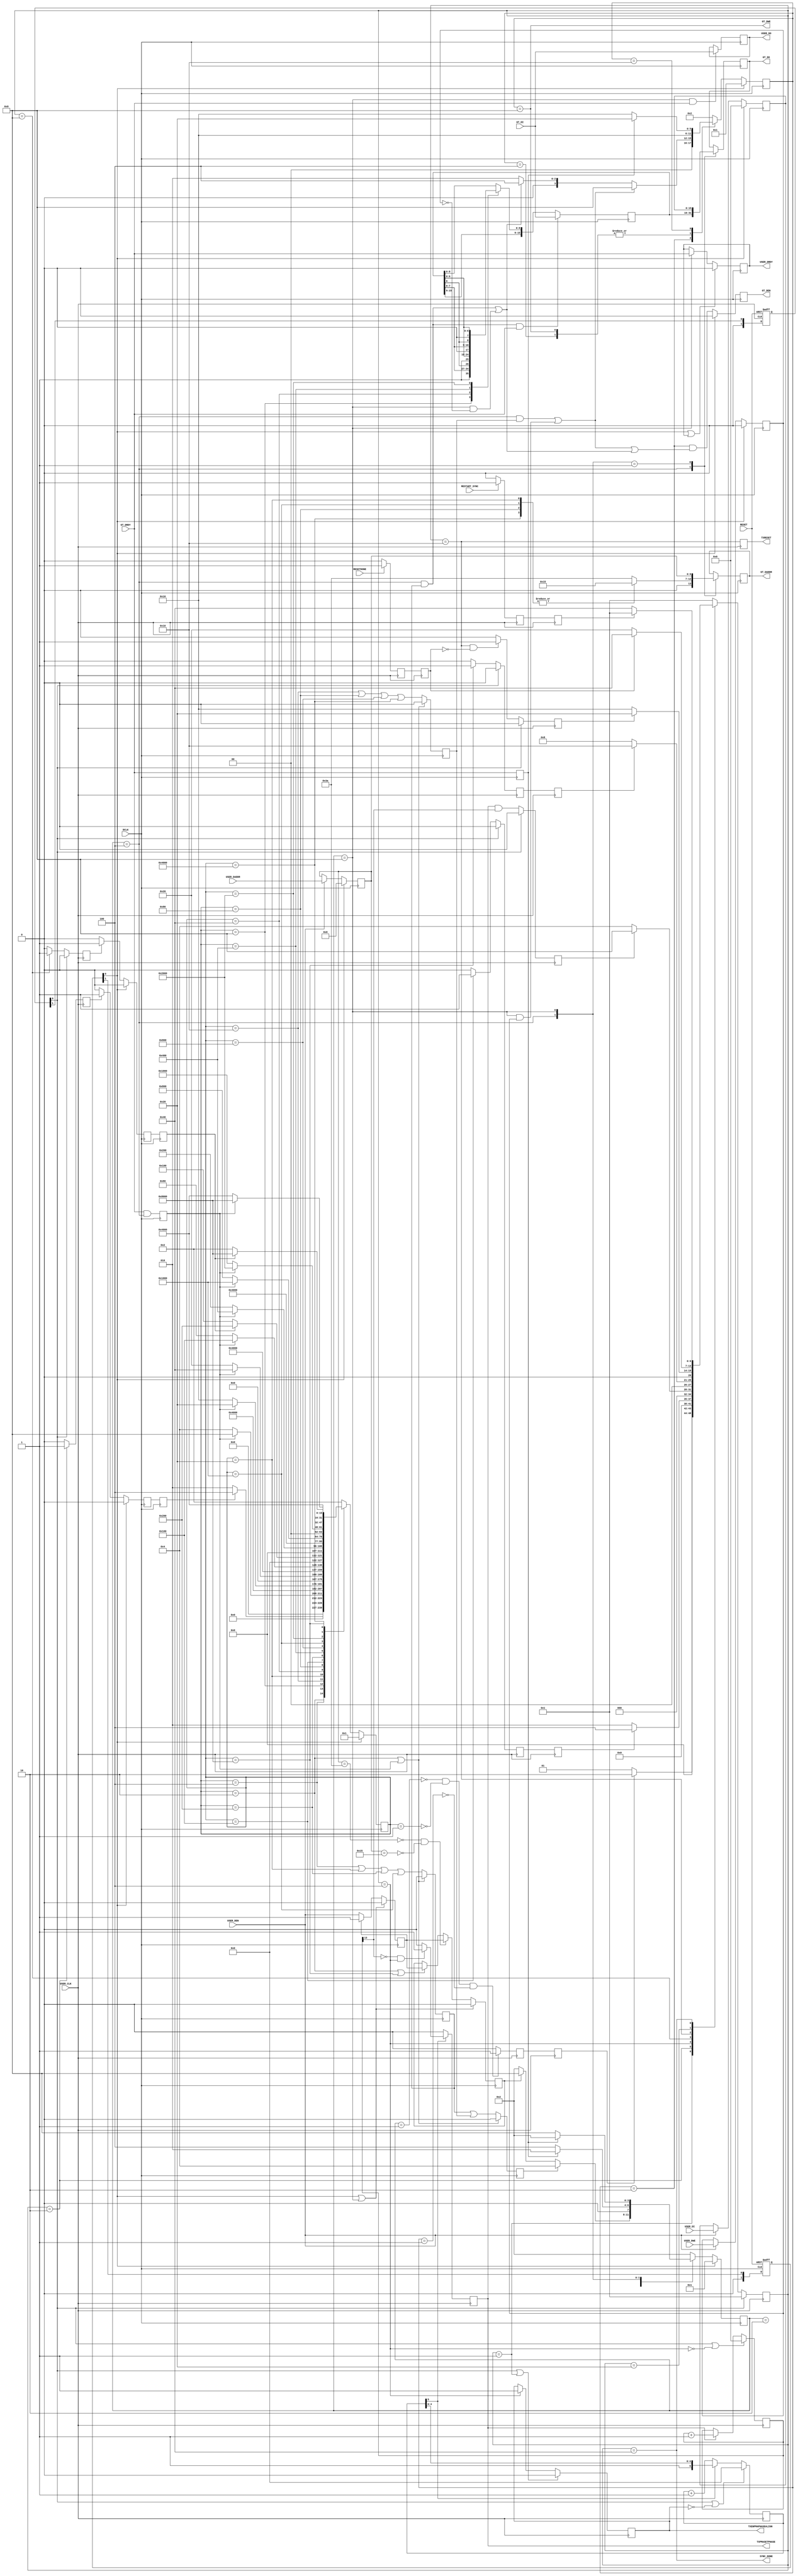
///////////////////////////////////////////////////////////////////////////////
//   ____  ____ 
//  /   /\/   / 
// /___/  \  /    Vendor: Xilinx 
// \   \   \/     Version : 1.7
//  \   \         Application : RocketIO GTX Wizard 
//  /   /         Filename : tx_sync.v
// /___/   /\     Timestamp : 
// \   \  /  \ 
//  \___\/\___\ 
//
//
// Module TX_SYNC 
// Generated by Xilinx GTX Transceiver Wizard
// 
// 
// (c) Copyright 2008 - 2009 Xilinx, Inc. All rights reserved.
// 
// This file contains confidential and proprietary information
// of Xilinx, Inc. and is protected under U.S. and
// international copyright and other intellectual property
// laws.
// 
// DISCLAIMER
// This disclaimer is not a license and does not grant any
// rights to the materials distributed herewith. Except as
// otherwise provided in a valid license issued to you by
// Xilinx, and to the maximum extent permitted by applicable
// law: (1) THESE MATERIALS ARE MADE AVAILABLE "AS IS" AND
// WITH ALL FAULTS, AND XILINX HEREBY DISCLAIMS ALL WARRANTIES
// AND CONDITIONS, EXPRESS, IMPLIED, OR STATUTORY, INCLUDING
// BUT NOT LIMITED TO WARRANTIES OF MERCHANTABILITY, NON-
// INFRINGEMENT, OR FITNESS FOR ANY PARTICULAR PURPOSE; and
// (2) Xilinx shall not be liable (whether in contract or tort,
// including negligence, or under any other theory of
// liability) for any loss or damage of any kind or nature
// related to, arising under or in connection with these
// materials, including for any direct, or any indirect,
// special, incidental, or consequential loss or damage
// (including loss of data, profits, goodwill, or any type of
// loss or damage suffered as a result of any action brought
// by a third party) even if such damage or loss was
// reasonably foreseeable or Xilinx had been advised of the
// possibility of the same.
// 
// CRITICAL APPLICATIONS
// Xilinx products are not designed or intended to be fail-
// safe, or for use in any application requiring fail-safe
// performance, such as life-support or safety devices or
// systems, Class III medical devices, nuclear facilities,
// applications related to the deployment of airbags, or any
// other applications that could lead to death, personal
// injury, or severe property or environmental damage
// (individually and collectively, "Critical
// Applications"). Customer assumes the sole risk and
// liability of any use of Xilinx products in Critical
// Applications, subject only to applicable laws and
// regulations governing limitations on product liability.
// 
// THIS COPYRIGHT NOTICE AND DISCLAIMER MUST BE RETAINED AS
// PART OF THIS FILE AT ALL TIMES. 


`timescale 1ns / 1ps
`define DLY #1

module TX_SYNC  #(
  parameter         PLL_DIVSEL_OUT    =   1
)

(
  // User DRP Interface
  output  reg [16-1:0]            USER_DO,
  input       [16-1:0]            USER_DI,
  input       [7-1:0]             USER_DADDR,
  input                           USER_DEN,
  input                           USER_DWE,
  output  reg                     USER_DRDY,

  // GT DRP Interface 
  output      [16-1:0]            GT_DO,         // connects to DI of GTX_DUAL
  input       [16-1:0]            GT_DI,         // connects to DO of GTX_DUAL
  output  reg [7-1:0]             GT_DADDR,
  output  reg                     GT_DEN,
  output                          GT_DWE,
  input                           GT_DRDY,

  // Clocks and Reset
  input                           USER_CLK, 
  input                           DCLK,
  input                           RESET,
  input                           RESETDONE,
  
  // Phase Alignment ports to GT
  output                          TXENPMAPHASEALIGN,
  output                          TXPMASETPHASE,
  output  reg                     TXRESET,
  
  // SYNC operations 
  output                          SYNC_DONE,
  input                           RESTART_SYNC

);


parameter C_DRP_DWIDTH = 16;
parameter C_DRP_AWIDTH = 7;

//*******************************Register Declarations************************
// USER_CLK domain

reg   [1:0]             reset_usrclk_r; // reset to SYNC FSM
reg                     dclk_fsms_rdy_r; // trigger to move to start_drp state 
reg                     dclk_fsms_rdy_r2; // trigger to move to start_drp state 
reg   [6:0]             sync_state;
reg   [6:0]             sync_next_state;
reg   [40*7:0]          sync_fsm_name;
reg                     revert_drp;
reg                     start_drp;
reg                     start_drp_done_r2;
reg                     start_drp_done_r;
reg                     txreset_done_r;
reg                     revert_drp_done_r2;
reg                     revert_drp_done_r;
reg                     phase_align_done_r;
reg   [15:0]            sync_counter_r;
reg                     en_phase_align_r;
reg                     set_phase_r;
reg   [5:0]             wait_before_sync_r;
reg                     restart_sync_r2;
reg                     restart_sync_r;
reg                     resetdone_r;
reg                     resetdone_r2;

 // synthesis attribute fsm_encoding of sync_state is one-hot;

 // synthesis attribute ASYNC_REG of dclk_fsms_rdy_r is "TRUE";
 // synthesis attribute ASYNC_REG of start_drp_done_r is "TRUE";
 // synthesis attribute ASYNC_REG of revert_drp_done_r is "TRUE";
 // synthesis attribute ASYNC_REG of restart_sync_r is "TRUE";
 // synthesis attribute ASYNC_REG of resetdone_r is "TRUE";
 // synthesis attribute ASYNC_REG of reset_usrclk_r is "TRUE";
//  synthesis attribute ASYNC_REG of reset_dclk_r   is "TRUE";

// DCLK domain

reg   [1:0]             reset_dclk_r; // reset to DRP, XD and DB FSMs
reg  [C_DRP_DWIDTH-1:0] user_di_r = {C_DRP_DWIDTH{1'b0}};
reg  [C_DRP_AWIDTH-1:0] user_daddr_r = {C_DRP_AWIDTH{1'b0}};
reg                     user_den_r;
reg                     user_req;
reg                     user_dwe_r;
reg                     xd_req = 1'b0;
reg                     xd_read = 1'b0;
reg                     xd_write = 1'b0;
reg                     xd_drp_done = 1'b0;
reg  [C_DRP_DWIDTH-1:0] xd_wr_wreg = {C_DRP_DWIDTH{1'b0}};
reg  [C_DRP_AWIDTH-1:0] xd_addr_r;
reg                     gt_drdy_r = 1'b0;
reg [C_DRP_DWIDTH-1:0]  gt_do_r = {C_DRP_DWIDTH{1'b0}};
reg   [3:0]             db_state;
reg   [3:0]             db_next_state;
reg   [5:0]             drp_state;
reg   [5:0]             drp_next_state;
reg   [15:0]            xd_state;
reg   [15:0]            xd_next_state;
reg   [40*7:0]          db_fsm_name;
reg   [40*7:0]          drp_fsm_name;
reg   [40*7:0]          xd_fsm_name;
reg                     revert_drp_r2;
reg                     revert_drp_r;
reg                     start_drp_r2;
reg                     start_drp_r;

  // synthesis attribute fsm_encoding of db_state is one-hot;
  // synthesis attribute fsm_encoding of drp_state is one-hot;
  // synthesis attribute fsm_encoding of xd_state is one-hot;

  // synthesis attribute ASYNC_REG of start_drp_r is "TRUE";
  // synthesis attribute ASYNC_REG of revert_drp_r is "TRUE";

//*******************************Wire Declarations****************************

wire [C_DRP_AWIDTH-1:0] c_tx_xclk0_addr;
wire [C_DRP_AWIDTH-1:0] c_tx_xclk1_addr;
wire                    user_sel;
wire                    xd_sel;
wire                    drp_rd;
wire                    drp_wr;
wire                    db_fsm_rdy;
wire                    drp_fsm_rdy;
wire                    xd_fsm_rdy;
wire                    dclk_fsms_rdy;
wire                    revert_drp_done;
wire                    start_drp_done;
wire                    count_setphase_complete_r;
wire                    txreset_i;


//----------------------------------------------------------------------------
// Arbitration FSM - Blocks User DRP Access when SYNC DRP operation 
// is in progress
//----------------------------------------------------------------------------
parameter C_RESET           = 4'b0001;
parameter C_IDLE            = 4'b0010;
parameter C_XD_DRP_OP       = 4'b0100;
parameter C_USER_DRP_OP     = 4'b1000;


//----------------------------------------------------------------------------
// DRP FSM
//----------------------------------------------------------------------------
parameter C_DRP_RESET       = 6'b000001;
parameter C_DRP_IDLE        = 6'b000010;
parameter C_DRP_READ        = 6'b000100;
parameter C_DRP_WRITE       = 6'b001000;
parameter C_DRP_WAIT        = 6'b010000;
parameter C_DRP_COMPLETE    = 6'b100000;


//----------------------------------------------------------------------------
// XCLK_SEL DRP FSM
//----------------------------------------------------------------------------
parameter C_XD_RESET              = 16'b0000000000000001;
parameter C_XD_IDLE               = 16'b0000000000000010;
parameter C_XD_RD_XCLK0_TXUSR     = 16'b0000000000000100;
parameter C_XD_MD_XCLK0_TXUSR     = 16'b0000000000001000;
parameter C_XD_WR_XCLK0_TXUSR     = 16'b0000000000010000;
parameter C_XD_RD_XCLK1_TXUSR     = 16'b0000000000100000;
parameter C_XD_MD_XCLK1_TXUSR     = 16'b0000000001000000;
parameter C_XD_WR_XCLK1_TXUSR     = 16'b0000000010000000;
parameter C_XD_WAIT               = 16'b0000000100000000;
parameter C_XD_RD_XCLK0_TXOUT     = 16'b0000001000000000;
parameter C_XD_MD_XCLK0_TXOUT     = 16'b0000010000000000;
parameter C_XD_WR_XCLK0_TXOUT     = 16'b0000100000000000;
parameter C_XD_RD_XCLK1_TXOUT     = 16'b0001000000000000;
parameter C_XD_MD_XCLK1_TXOUT     = 16'b0010000000000000;
parameter C_XD_WR_XCLK1_TXOUT     = 16'b0100000000000000;
parameter C_XD_DONE               = 16'b1000000000000000;  

//----------------------------------------------------------------------------
// SYNC FSM
//----------------------------------------------------------------------------
parameter C_SYNC_IDLE               = 7'b0000001;
parameter C_SYNC_START_DRP          = 7'b0000010;
parameter C_SYNC_PHASE_ALIGN        = 7'b0000100;
parameter C_SYNC_REVERT_DRP         = 7'b0001000;
parameter C_SYNC_TXRESET            = 7'b0010000;
parameter C_SYNC_WAIT_RESETDONE     = 7'b0100000;
parameter C_SYNC_DONE               = 7'b1000000;

//----------------------------------------------------------------------------
// Make Addresses for GTX0 or GTX1 at compile time
//----------------------------------------------------------------------------
parameter C_GTX0_TX_XCLK_ADDR     = 7'h3A;
parameter C_GTX1_TX_XCLK_ADDR     = 7'h15;

assign c_tx_xclk0_addr    = C_GTX0_TX_XCLK_ADDR;
assign c_tx_xclk1_addr    = C_GTX1_TX_XCLK_ADDR;


//----------------------------------------------------------------------------
// Sync RESET to USER_CLK and DCLK domain
//----------------------------------------------------------------------------
always @(posedge DCLK or posedge RESET)
  if (RESET)
    reset_dclk_r <= 2'b11;
  else
    reset_dclk_r <= {1'b0, reset_dclk_r[1]};

always @(posedge USER_CLK or posedge RESET)
  if (RESET)
    reset_usrclk_r <= 2'b11;
  else
    reset_usrclk_r <= {1'b0, reset_usrclk_r[1]};


//----------------------------------------------------------------------------
// User DRP Transaction Capture Input Registers
//----------------------------------------------------------------------------
// User Data Input
always @ (posedge DCLK)
begin
  if (reset_dclk_r[0])
    user_di_r <= 1'b0;
  else if (USER_DEN)
    user_di_r <= USER_DI;
end

// User DRP Address
always @ (posedge DCLK)
begin
  if (reset_dclk_r[0])
    user_daddr_r <= 7'b0;
  else if (USER_DEN)
    user_daddr_r <= USER_DADDR[C_DRP_AWIDTH-1:0];
end

// User Data Write Enable
always @ (posedge DCLK)
  if (reset_dclk_r[0])
    user_dwe_r <= 1'b0;
  else if (USER_DEN)
    user_dwe_r <= USER_DWE;

// Register the user_den_r when the user is granted access from the
// Arbitration FSM
always @ (posedge DCLK)
  if (reset_dclk_r[0] | (db_state==C_USER_DRP_OP))
    user_den_r <= 1'b0;
  else if (~user_den_r)
    user_den_r <= USER_DEN;

// Generate the user request (user_req) signal when the user is not accessing
// the same DRP addresses as the deskew Block or when the deskew
// Block is in idle or done states.
always @ (posedge DCLK)
  if (reset_dclk_r[0] | (db_state==C_USER_DRP_OP))
    user_req <= 1'b0;
  else if ( 
            ~(user_daddr_r==c_tx_xclk0_addr) &
            ~(user_daddr_r==c_tx_xclk1_addr))
    user_req <= user_den_r;
  else if (xd_state==C_XD_IDLE || xd_state==C_XD_DONE)
    user_req <= user_den_r;

// User Data Output
always @ (posedge DCLK)
  if ( (db_state == C_USER_DRP_OP) & GT_DRDY)
    USER_DO <= GT_DI;

// User Data Ready
always @ (posedge DCLK)
  if (reset_dclk_r[0] | USER_DRDY)
    USER_DRDY <= 1'b0;
  else if ( (db_state==C_USER_DRP_OP) )
    USER_DRDY <= GT_DRDY;

//----------------------------------------------------------------------------
// GT DRP Interface
//----------------------------------------------------------------------------
// GT Data Output: the data output is generated either from a XCLK_SEL DRP
// FSM operation, an Auto deskew FSM operation, or a user access.
always @(posedge DCLK)
  casez( {xd_sel,user_sel} )
    2'b1?: gt_do_r <= xd_wr_wreg;
    2'b01: gt_do_r <= user_di_r;
  endcase

assign GT_DO = gt_do_r;

// GT DRP Address: the DRP address is generated either from a XCLK_SEL DRP  
// FSM operation, or a user access.  DRP address ranges from 0x40 to 0x7F.
always @(posedge DCLK)
begin
  casez( {xd_sel, user_sel})
    2'b1?: GT_DADDR <= xd_addr_r;
    2'b01: GT_DADDR <= user_daddr_r;
  endcase
end

// GT Data Enable: the data enable is generated whenever there is a DRP
// Read or a DRP Write
always @(posedge DCLK)
  if (reset_dclk_r[0])
    GT_DEN <= 1'b0;
  else
    GT_DEN <= (drp_state==C_DRP_IDLE) & (drp_wr | drp_rd);

// GT Data Write Enable
assign GT_DWE = (drp_state==C_DRP_WRITE);

// GT Data Ready
always @(posedge DCLK)
  gt_drdy_r <= GT_DRDY;




//----------------------------------------------------------------------------
// SYNC FSM Internal Logic
// 1. Trigger DRP operation to change TX_XCLK_SEL to "TXUSR"
// 2. Perform Phase Alignment by asserting PMASETPHASE, ENPMAPHASEALIGN ports
// 3. Trigger DRP operation to change TX_XCLK_SEL back to "TXOUT"
// 4. Apply TXRESET, wait for RESETDONE to go High and assert SYNC_DONE
//----------------------------------------------------------------------------
assign dclk_fsms_rdy = db_fsm_rdy & xd_fsm_rdy & drp_fsm_rdy;

always @(posedge USER_CLK)
begin
  if (dclk_fsms_rdy)
    dclk_fsms_rdy_r <= 1'b1;
  else
    dclk_fsms_rdy_r <= 1'b0;
end

always @(posedge USER_CLK)
    dclk_fsms_rdy_r2 <= dclk_fsms_rdy_r;

// Generate a signal to trigger drp operation of changing XCLK_SEL to TXUSR
always @(posedge USER_CLK)
begin
  if (sync_state == C_SYNC_START_DRP)
    start_drp <= 1'b1;
  else  
    start_drp <= 1'b0;
end

// Capture start_drp_done(DCLK) signal on USER_CLK domain
always @(posedge USER_CLK)
begin
  if (reset_usrclk_r[0])
    start_drp_done_r <= 1'b0;
  else if (start_drp_done)
    start_drp_done_r <= 1'b1;
  else 
    start_drp_done_r <= 1'b0;
end    

always @(posedge USER_CLK)
    start_drp_done_r2 <= start_drp_done_r;

// Perform Phase Align operations in C_SYNC_PHASE_ALIGN state
// Assert TXENPMAPHASEALIGN in C_SYNC_PHASE_ALIGN state
// Once asserted, TXENPMAPHASEALIGN is deasserted only when
// the state machine moves back to C_SYNC_IDLE
always @(posedge USER_CLK)
begin
  if ( reset_usrclk_r[0] | (sync_state == C_SYNC_IDLE) )
     en_phase_align_r <= 1'b0;
  else if (sync_state == C_SYNC_PHASE_ALIGN)
     en_phase_align_r <= 1'b1;
end

assign TXENPMAPHASEALIGN = en_phase_align_r;

// Assert set_phase_r in C_SYNC_PHASE ALIGN state after waiting for 
// 32 cycles. set_phase_r is deasserted after setphase count is complete
always @(posedge USER_CLK)
begin
  if ( reset_usrclk_r[0] | ~en_phase_align_r )
    wait_before_sync_r <= `DLY  6'b000000;
  else if( ~wait_before_sync_r[5] )
    wait_before_sync_r <= `DLY  wait_before_sync_r + 1'b1;
end

always @(posedge USER_CLK)
begin
  if ( ~wait_before_sync_r[5] )
    set_phase_r <= 1'b0;
  else if ( ~count_setphase_complete_r & (sync_state == C_SYNC_PHASE_ALIGN) )
    set_phase_r <= 1'b1;
  else  
    set_phase_r <= 1'b0;
end

// Assign PMASETPHASE to set_phase_r
assign TXPMASETPHASE = set_phase_r;

// Counter for holding SYNC for SYNC_CYCLES 
always @(posedge USER_CLK)
begin
 if ( reset_usrclk_r[0] | ~(sync_state == C_SYNC_PHASE_ALIGN) )
   sync_counter_r <= `DLY  16'h0000;
 else if (set_phase_r)
   sync_counter_r <= `DLY  sync_counter_r + 1'b1;
end

generate
if (PLL_DIVSEL_OUT==1)
begin : pll_divsel_out_equals_1 
// 8192 cycles of setphase for output divider of 1
  assign count_setphase_complete_r = sync_counter_r[13];
end
else if (PLL_DIVSEL_OUT==2)
begin :pll_divsel_out_equals_2
// 16384 cycles of setphase for output divider of 2
  assign count_setphase_complete_r = sync_counter_r[14];
end
else 
begin :pll_divsel_out_equals_4
// 32768 cycles of setphase for output divider of 4
  assign count_setphase_complete_r = sync_counter_r[15];
end
endgenerate

// Assert phase_align_done_r when setphase count is complete
always @(posedge USER_CLK)
begin
  if (reset_usrclk_r[0])
    phase_align_done_r <= 1'b0;
  else 
    phase_align_done_r <= set_phase_r & count_setphase_complete_r;
end

// Generate a signal to trigger drp operation to revert XCLK_SEL back to TXOUT
always @(posedge USER_CLK)
begin
  if (reset_usrclk_r[0])
    revert_drp <= 1'b0;
  else if (sync_state == C_SYNC_REVERT_DRP)
    revert_drp <= 1'b1;
  else  
    revert_drp <= 1'b0;
end

// Capture revert_drp_done(DCLK) signal on USER_CLK domain
always @(posedge USER_CLK)
begin
  if (reset_usrclk_r[0])
    revert_drp_done_r <= 1'b0;
  else if (revert_drp_done)
    revert_drp_done_r <= 1'b1;
  else 
    revert_drp_done_r <= 1'b0;
end    

always @(posedge USER_CLK)
    revert_drp_done_r2 <= revert_drp_done_r;

// Assert txreset_i in C_SYNC_TXRESET state
assign txreset_i = (sync_state == C_SYNC_TXRESET);

// Register txreset_i on USER_CLK
always @(posedge USER_CLK)
  TXRESET <= txreset_i;

always @(posedge USER_CLK)
begin
  if (reset_usrclk_r[0])
    txreset_done_r <= 1'b0;
  else if ((sync_state == C_SYNC_TXRESET) & ~resetdone_r2)  
    txreset_done_r <= 1'b1;
  else  
    txreset_done_r <= 1'b0;
end

// Capture RESETDONE on USER_CLK
always @(posedge USER_CLK)
begin
  if (RESETDONE)  
    resetdone_r <= 1'b1;
  else
    resetdone_r <= 1'b0;
end

always @(posedge USER_CLK)
  resetdone_r2 <= resetdone_r;

// Capture RESTART_SYNC on USER_CLK
always @(posedge USER_CLK)
begin
  if (RESTART_SYNC)  
    restart_sync_r <= 1'b1;
  else
    restart_sync_r <= 1'b0;
end

always @(posedge USER_CLK)
  restart_sync_r2 <= restart_sync_r;

assign SYNC_DONE = (sync_state == C_SYNC_DONE);

//----------------------------------------------------------------------------
// SYNC FSM
//----------------------------------------------------------------------------
always @(posedge USER_CLK)
begin
  if (reset_usrclk_r[0])
    sync_state <= C_SYNC_IDLE;
  else
    sync_state <= sync_next_state;
end

always @*
begin
  case (sync_state)
    C_SYNC_IDLE: begin
      sync_next_state <= dclk_fsms_rdy_r2 ? C_SYNC_START_DRP : C_SYNC_IDLE;
      sync_fsm_name = "C_SYNC_IDLE";
    end

    C_SYNC_START_DRP: begin
      sync_next_state <= start_drp_done_r2 ? C_SYNC_PHASE_ALIGN : C_SYNC_START_DRP;
      sync_fsm_name = "C_SYNC_START_DRP";
    end

    C_SYNC_PHASE_ALIGN: begin
      sync_next_state <= phase_align_done_r ? C_SYNC_REVERT_DRP : C_SYNC_PHASE_ALIGN;
      sync_fsm_name = "C_SYNC_PHASE_ALIGN";
    end

    C_SYNC_REVERT_DRP: begin
      sync_next_state <= revert_drp_done_r2 ? C_SYNC_TXRESET : C_SYNC_REVERT_DRP;
      sync_fsm_name = "C_SYNC_REVERT_DRP";
    end

    C_SYNC_TXRESET: begin
      sync_next_state <= txreset_done_r ? C_SYNC_WAIT_RESETDONE : C_SYNC_TXRESET;
      sync_fsm_name = "C_SYNC_TXRESET";
    end
    
    C_SYNC_WAIT_RESETDONE: begin
      sync_next_state <= resetdone_r2 ? C_SYNC_DONE : C_SYNC_WAIT_RESETDONE;
      sync_fsm_name = "C_SYNC_WAIT_RESETDONE"; 
    end
    
    C_SYNC_DONE: begin
      sync_next_state <= restart_sync_r2 ? C_SYNC_IDLE : C_SYNC_DONE;
      sync_fsm_name = "C_SYNC_DONE";
    end
    
    default: begin
      sync_next_state <= C_SYNC_IDLE;
      sync_fsm_name = "default";
    end

  endcase
end


//----------------------------------------------------------------------------
// deskew Block Internal Logic:  The different select signals are
// generated for a user DRP operations as well as internal deskew Block
// accesses.
//----------------------------------------------------------------------------
assign xd_sel = (db_state == C_XD_DRP_OP);
assign user_sel = (db_state == C_USER_DRP_OP);
assign db_fsm_rdy = ~(db_state == C_RESET);

//----------------------------------------------------------------------------
// deskew Block (DB) FSM
//----------------------------------------------------------------------------
always @(posedge DCLK)
begin
  if (reset_dclk_r[0])
    db_state <= C_RESET;
  else
    db_state <= db_next_state;
end

always @*
begin
  case (db_state)
    C_RESET: begin
      db_next_state <= C_IDLE;
      db_fsm_name = "C_RESET";
    end

    C_IDLE: begin
      if (xd_req)         db_next_state <= C_XD_DRP_OP;
      else if (user_req)  db_next_state <= C_USER_DRP_OP;
      else                db_next_state <= C_IDLE;
      db_fsm_name = "C_IDLE";
    end

    C_XD_DRP_OP: begin
      db_next_state <= gt_drdy_r ? C_IDLE : C_XD_DRP_OP;
      db_fsm_name = "C_XD_DRP_OP";
    end

    C_USER_DRP_OP: begin
      db_next_state <= gt_drdy_r ? C_IDLE : C_USER_DRP_OP;
      db_fsm_name = "C_USER_DRP_OP";
    end

    default: begin
      db_next_state <= C_IDLE;
      db_fsm_name = "default";
    end

  endcase
end

//----------------------------------------------------------------------------
// XCLK_SEL DRP Block Internal Logic
//----------------------------------------------------------------------------
// Request for DRP operation
always @(posedge DCLK)
begin
  if ((xd_state == C_XD_IDLE) | xd_drp_done)
    xd_req <= 1'b0;
  else
    xd_req <= xd_read | xd_write;
end

// Indicates DRP Read
always @(posedge DCLK)
begin
  if ((xd_state == C_XD_IDLE) | xd_drp_done)
    xd_read <= 1'b0;
  else
    xd_read <=  (xd_state == C_XD_RD_XCLK0_TXUSR) |
                (xd_state == C_XD_RD_XCLK1_TXUSR) |
                (xd_state == C_XD_RD_XCLK0_TXOUT) |
                (xd_state == C_XD_RD_XCLK1_TXOUT);
end

// Indicates Detect DRP Write
always @(posedge DCLK)
begin
  if ((xd_state == C_XD_IDLE) | xd_drp_done)
    xd_write <= 1'b0;
  else
    xd_write <= (xd_state == C_XD_WR_XCLK0_TXUSR) |
                (xd_state == C_XD_WR_XCLK1_TXUSR) |
                (xd_state == C_XD_WR_XCLK0_TXOUT) |
                (xd_state == C_XD_WR_XCLK1_TXOUT);
end

// Detect DRP Write Working Register
//TODO: Add check for txrx_invert bits as well
always @(posedge DCLK)
begin
  if ((db_state == C_XD_DRP_OP) & xd_read & GT_DRDY)
    xd_wr_wreg <= GT_DI;
  else begin
    case (xd_state)
      C_XD_MD_XCLK0_TXUSR:
        xd_wr_wreg <= {xd_wr_wreg[15:9], 1'b1, xd_wr_wreg[7:0]};
      C_XD_MD_XCLK1_TXUSR:
        xd_wr_wreg <= {xd_wr_wreg[15:8], 1'b1, xd_wr_wreg[6:0]};
      C_XD_MD_XCLK0_TXOUT:
        xd_wr_wreg <= {xd_wr_wreg[15:9], 1'b0, xd_wr_wreg[7:0]};
      C_XD_MD_XCLK1_TXOUT:
        xd_wr_wreg <= {xd_wr_wreg[15:8], 1'b0, xd_wr_wreg[6:0]};
    endcase
  end
end

// Generate DRP Addresses 
always @*
begin
  case (xd_state)
    C_XD_RD_XCLK0_TXUSR:  xd_addr_r <= c_tx_xclk0_addr;
    C_XD_WR_XCLK0_TXUSR:  xd_addr_r <= c_tx_xclk0_addr;
    C_XD_RD_XCLK0_TXOUT:  xd_addr_r <= c_tx_xclk0_addr;
    C_XD_WR_XCLK0_TXOUT:  xd_addr_r <= c_tx_xclk0_addr;
    C_XD_RD_XCLK1_TXUSR:  xd_addr_r <= c_tx_xclk1_addr;
    C_XD_WR_XCLK1_TXUSR:  xd_addr_r <= c_tx_xclk1_addr;
    C_XD_RD_XCLK1_TXOUT:  xd_addr_r <= c_tx_xclk1_addr;
    C_XD_WR_XCLK1_TXOUT:  xd_addr_r <= c_tx_xclk1_addr;
    default:              xd_addr_r <= c_tx_xclk0_addr;
  endcase
end

// Assert DRP DONE when DRP Operation is Complete
always @(posedge DCLK)
  xd_drp_done <= GT_DRDY & (db_state==C_XD_DRP_OP);

// Assert xd_fsm_rdy when xd_state is not C_XD_RESET
assign xd_fsm_rdy = ~(xd_state == C_XD_RESET);

// Generate a start_drp_r2 on DCLK domain from start_drp(USER_CLK)
always @(posedge DCLK)
begin
  if (reset_dclk_r[0])
    start_drp_r <= 1'b0; 
  else if (start_drp)
    start_drp_r <= 1'b1;
  else  
    start_drp_r <= 1'b0; 
end

always @(posedge DCLK)
    start_drp_r2 <= start_drp_r;

// Assert start_drp_done when xd_state is C_XD_WAIT
assign start_drp_done = (xd_state == C_XD_WAIT);

// Generate a revert_drp_r2 on DCLK domain from revert_drp(USER_CLK)
always @(posedge DCLK)
begin
  if (reset_dclk_r[0])
    revert_drp_r <= 1'b0; 
  else if (revert_drp)
    revert_drp_r <= 1'b1;
  else  
    revert_drp_r <= 1'b0; 
end

always @(posedge DCLK)
    revert_drp_r2 <= revert_drp_r;

// Assert revert_drp_done when xd_state is C_XD_DONE
assign revert_drp_done = (xd_state == C_XD_DONE);


//----------------------------------------------------------------------------
// XCLK_SEL DRP FSM:  The XD FSM is triggered by the SYNC FSM
//----------------------------------------------------------------------------
always @(posedge DCLK)
begin
  if (reset_dclk_r[0])
    xd_state <= C_XD_RESET;
  else
    xd_state <= xd_next_state;
end

always @*
begin
  case (xd_state)
    C_XD_RESET: begin
      xd_next_state <= C_XD_IDLE;
      xd_fsm_name = "C_XD_RESET";
    end
    
    C_XD_IDLE: begin
      if (start_drp_r2)
        xd_next_state <= C_XD_RD_XCLK0_TXUSR;
      else
        xd_next_state <= C_XD_IDLE;
      xd_fsm_name = "C_XD_IDLE";
    end

    C_XD_RD_XCLK0_TXUSR: begin
      xd_next_state <= xd_drp_done ? C_XD_MD_XCLK0_TXUSR :
                                     C_XD_RD_XCLK0_TXUSR;
      xd_fsm_name = "C_XD_RD_XCLK0_TXUSR";
    end

    C_XD_MD_XCLK0_TXUSR: begin
      xd_next_state <= C_XD_WR_XCLK0_TXUSR;
      xd_fsm_name = "C_XD_MD_XCLK0_TXUSR";
    end

    C_XD_WR_XCLK0_TXUSR: begin
      xd_next_state <= xd_drp_done ? C_XD_RD_XCLK1_TXUSR : C_XD_WR_XCLK0_TXUSR;
      xd_fsm_name = "C_XD_WR_XCLK0_TXUSR";
    end

    C_XD_RD_XCLK1_TXUSR: begin
      xd_next_state <= xd_drp_done ? C_XD_MD_XCLK1_TXUSR : C_XD_RD_XCLK1_TXUSR;
      xd_fsm_name = "C_XD_RD_XCLK1_TXUSR";
    end

    C_XD_MD_XCLK1_TXUSR: begin
      xd_next_state <= C_XD_WR_XCLK1_TXUSR;
      xd_fsm_name = "C_XD_MD_XCLK1_TXUSR";
    end

    C_XD_WR_XCLK1_TXUSR: begin
      xd_next_state <= xd_drp_done ? C_XD_WAIT: C_XD_WR_XCLK1_TXUSR;
      xd_fsm_name = "C_XD_WR_XCLK1_TXUSR";
    end

    C_XD_WAIT: begin
      xd_next_state <= revert_drp_r2 ? C_XD_RD_XCLK0_TXOUT : C_XD_WAIT;
      xd_fsm_name = "C_XD_WAIT";
    end

    C_XD_RD_XCLK0_TXOUT: begin
      xd_next_state <= xd_drp_done ?
                        C_XD_MD_XCLK0_TXOUT : C_XD_RD_XCLK0_TXOUT;
      xd_fsm_name = "C_XD_RD_XCLK0_TXOUT";
    end

    C_XD_MD_XCLK0_TXOUT: begin
      xd_next_state <= C_XD_WR_XCLK0_TXOUT;
      xd_fsm_name = "C_XD_MD_XCLK0_TXOUT";
    end

    C_XD_WR_XCLK0_TXOUT: begin
      xd_next_state <= xd_drp_done ? C_XD_RD_XCLK1_TXOUT : C_XD_WR_XCLK0_TXOUT;
      xd_fsm_name = "C_XD_WR_XCLK0_TXOUT";
    end

    C_XD_RD_XCLK1_TXOUT: begin
      xd_next_state <= xd_drp_done ? C_XD_MD_XCLK1_TXOUT : C_XD_RD_XCLK1_TXOUT;
      xd_fsm_name = "C_XD_RD_XCLK1_TXOUT";
    end

    C_XD_MD_XCLK1_TXOUT: begin
      xd_next_state <= C_XD_WR_XCLK1_TXOUT;
      xd_fsm_name = "C_XD_MD_XCLK1_TXOUT";
    end

    C_XD_WR_XCLK1_TXOUT: begin
      xd_next_state <= xd_drp_done ? C_XD_DONE : C_XD_WR_XCLK1_TXOUT;
      xd_fsm_name = "C_XD_WR_XCLK1_TXOUT";
    end

    C_XD_DONE: begin
      xd_next_state <= ~revert_drp_r2 ? C_XD_IDLE : C_XD_DONE;
      xd_fsm_name = "C_XD_DONE";
    end

    default: begin
      xd_next_state <= C_XD_IDLE;
      xd_fsm_name = "default";
    end

  endcase
end


//----------------------------------------------------------------------------
// DRP Read/Write FSM
//----------------------------------------------------------------------------
// Generate a read signal for the DRP
assign drp_rd = ((db_state == C_XD_DRP_OP) & xd_read) |
                ((db_state == C_USER_DRP_OP) & ~user_dwe_r); 

// Generate a write signal for the DRP
assign drp_wr = ((db_state == C_XD_DRP_OP) & xd_write) |
                ((db_state == C_USER_DRP_OP) & user_dwe_r);

     
assign drp_fsm_rdy = ~(drp_state == C_DRP_RESET);

always @(posedge DCLK)
begin
  if (reset_dclk_r[0])
    drp_state <= C_DRP_RESET;
  else
    drp_state <= drp_next_state;
end

always @*
begin
  case (drp_state)
    C_DRP_RESET: begin
      drp_next_state <= C_DRP_IDLE;
      drp_fsm_name = "C_DRP_RESET";
    end 
    
    C_DRP_IDLE: begin
      drp_next_state <= drp_wr ? C_DRP_WRITE : (drp_rd?C_DRP_READ:C_DRP_IDLE);
      drp_fsm_name = "C_DRP_IDLE";
    end

    C_DRP_READ: begin
      drp_next_state <= C_DRP_WAIT;
      drp_fsm_name = "C_DRP_READ";
    end

    C_DRP_WRITE: begin
      drp_next_state <= C_DRP_WAIT;
      drp_fsm_name = "C_DRP_WRITE";
    end

    C_DRP_WAIT: begin
      drp_next_state <= gt_drdy_r ? C_DRP_COMPLETE : C_DRP_WAIT;
      drp_fsm_name = "C_DRP_WAIT";
    end

    C_DRP_COMPLETE: begin
      drp_next_state <= C_DRP_IDLE;
      drp_fsm_name = "C_DRP_COMPLETE";
    end

    default: begin
      drp_next_state <= C_DRP_IDLE;
      drp_fsm_name = "default";
    end

  endcase
end

endmodule